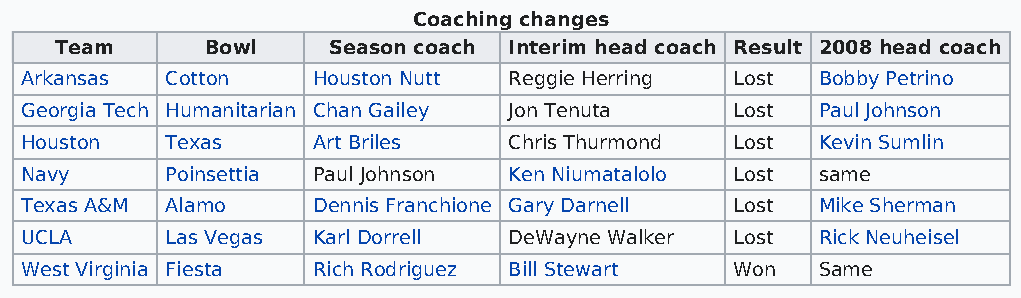
Coaching changes
 Team      Bowl    Season coach Interim head coach Result 2008 head coach
 Arkansas  Cotton    Houston Nutt Reggie Herring Lost Bobby Petrino
 Georgia Tech Humanitarian Chan Gailey Jon Tenuta Lost Paul Johnson
 Houston   Texas     Art Briles   Chris Thurmond Lost Kevin Sumlin
 Navy      Poinsettia Paul Johnson Ken Niumatalolo Lost same
 Texas A&M Alamo     Dennis Franchione Gary Darnell Lost Mike Sherman
 UCLA      Las Vegas Karl Dorrell DeWayne Walker Lost Rick Neuheisel
 West Virginia Fiesta Rich Rodriguez Bill Stewart Won Same